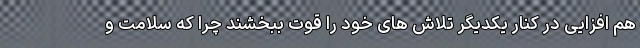
هم افزایی در کنار یکدیگر تلاش های خود را قوت ببخشند چرا که سلامت و